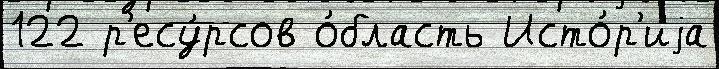
122 р'есу́рсов о́бласть Исто́р'иjа